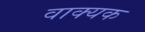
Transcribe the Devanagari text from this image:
वाक्यक